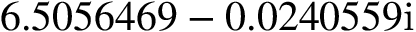
6 . 5 0 5 6 4 6 9 - 0 . 0 2 4 0 5 5 9 \mathrm { i }